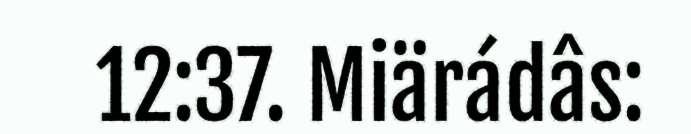
12:37. Miärádâs: